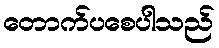
တောက်ပစေပါသည်